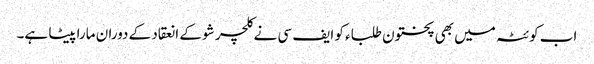
اب کوئٹہ میں بھی پختون طلباء کو ایف سی نے کلچر شو کے انعقاد کے دوران مارا پیٹا ہے۔